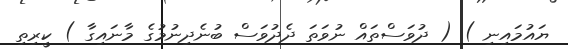
ޔައުމައިނި ) ( ދުވަސްތައް ނުވަތަ ދެދުވަސް ބުނެދިނުމުގެ މާނައިގާ ) ކީރިތި